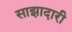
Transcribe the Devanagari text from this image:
साझादारी